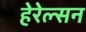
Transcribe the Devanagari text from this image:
हेरेल्सन